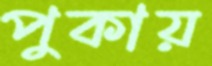
পুকায়